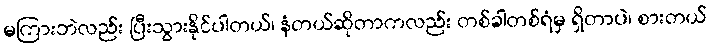
မကြားဘဲလည်း ပြီးသွားနိုင်ပါတယ်၊ နံတယ်ဆိုတာကလည်း တစ်ခါတစ်ရံမှ ရှိတာပဲ၊ စားတယ်